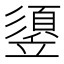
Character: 䇓